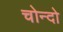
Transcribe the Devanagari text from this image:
चोन्दो